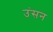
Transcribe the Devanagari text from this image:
उंसन